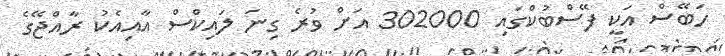
ހަބޭސް އަކީ ފޭސްބުކްގައި 302000 އަށް ވުރެ ގިނަ ލައިކްސް އާއިއެކު ރާއްޖޭގެ